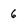
Character: 6